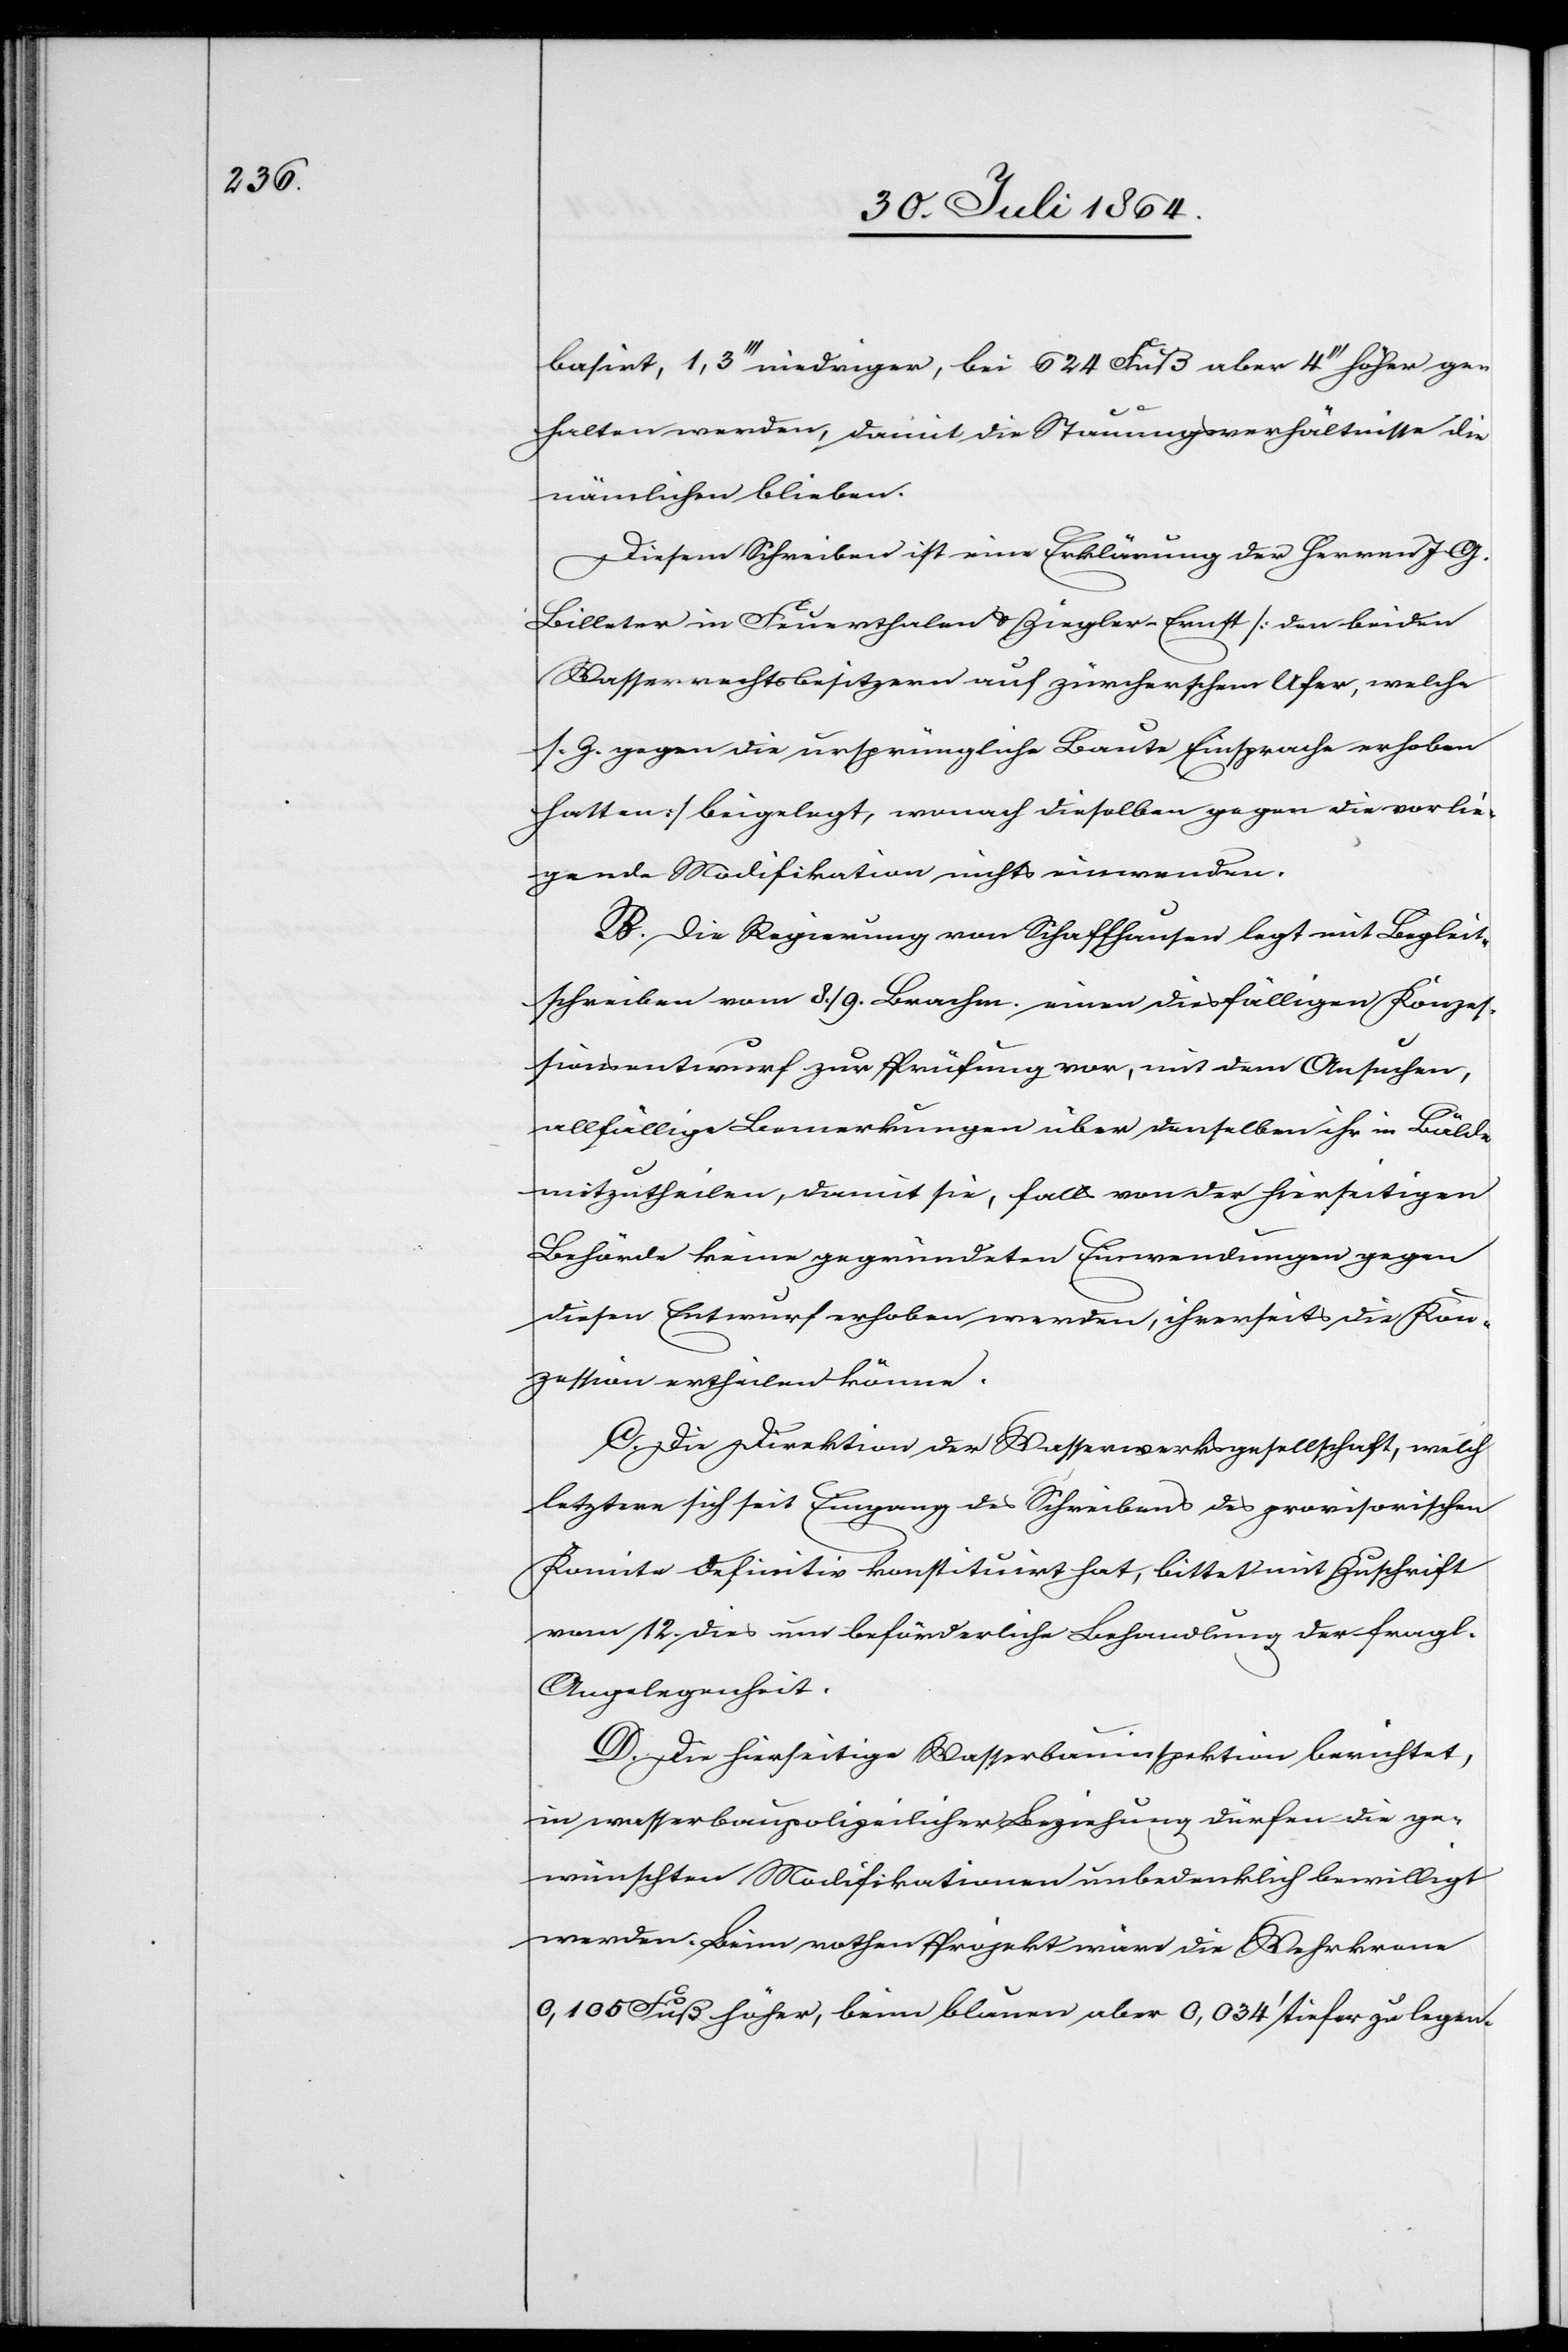
basirt, 1,3’’ niedriger, bei 624 Fuß aber 4’’ höher ge¬
halten werden, damit die Stauungsverhältnisse die
nämlichen blieben.
Diesem Schreiben ist eine Erklärung des Herrn J. G.
Billeter in Feuerthalen & Ziegler Ernst [die beiden
Wasserwerksbesitzer auf zürcherischem Ufer, welche
s. Z. gegen die ursprüngliche Baute Einsprache erhoben
hatten] beigelegt, wonach dieselben gegen die vorlie¬
gende Modifikation nichts einwenden.
B. Die Regierung von Schaffhausen legt mit Begleit¬
schreiben vom 8./9. Brachm. einen diesfälligen Konzes¬
sionsentwurf zur Prüfung vor, mit dem Ansuchen,
allfällige Bemerkungen über denselben ihr in Bälde
mitzutheilen, damit sie, falls von der hierseitigen
Behörde keine gegründeten [sic!] Einwendungen gegen
diesen Entwurf erhoben werden, ihrerseits die Kon¬
zession ertheilen könne.
C. Die Direktion der Wasserwerksgesellschaft, welch
letztere sich seit Eingang des Schreibens des provisorischen
Komite definitiv konstituirt hat, bittet mit Zuschrift
vom 12 dies um beförderliche Behandlung der fragl.
Angelegenheit.
D. Die hierseitige Wasserbauinspektion berichtet,
in wasserbaupolizeilicher Beziehung dürfen die ge¬
wünschten Modifikationen unbedenklich bewilligt
werden. Beim rothen Projekt wäre die Wehrkrone
0,105 Fuß höher, beim blauen aber 0,034’ tiefer zu legen.